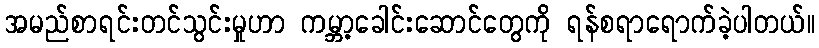
အမည်စာရင်းတင်သွင်းမှုဟာ ကမ္ဘာ့ခေါင်းဆောင်တွေကို ရန်စရာရောက်ခဲ့ပါတယ်။